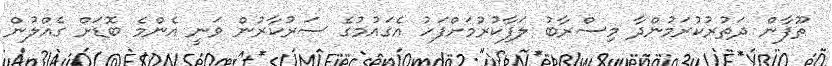
ތޫފާން ދަތުރުކުރަމުންދާ މިސްރާބު ލަފާކުރުމަށްފަހު އެގައުމުގެ ސަރުކާރުން ވަނީ އެންމެ ބޮޑަށް ގެއްލުން